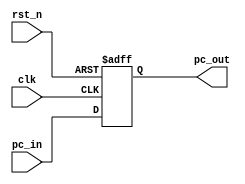
`timescale 1ns / 1ps
//////////////////////////////////////////////////////////////////////////////////
// Company: 
// Engineer: 
// 
// Design Name: 
// Module Name:    PC 
// Project Name: 
// Target Devices: 
// Tool versions: 
// Description: 
//
// Dependencies: 
//
// Revision: 
// Revision 0.01 - File Created
// Additional Comments: 
//
//////////////////////////////////////////////////////////////////////////////////
module PC(
    clk,
    rst_n,
    pc_in,
    pc_out
);

// Interface
input           clk;
input           rst_n;
input   [31:0]  pc_in;
output  [31:0]  pc_out;

// Wire/Reg
reg     [31:0]  pc_out;

always @(posedge clk or negedge rst_n)
begin
    if (~rst_n)
    begin
        pc_out <= 32'b0;
    end
    else
    begin
        pc_out <= pc_in;
    end
end

endmodule